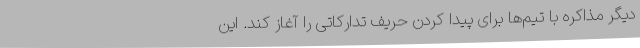
دیگر مذاکره با تیم‌ها برای پیدا کردن حریف تدارکاتی را آغاز کند. این